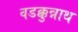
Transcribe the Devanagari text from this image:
वडक्कुन्नाथ